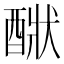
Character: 𨡧